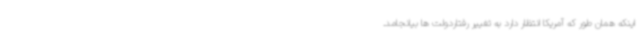
اینکه همان طور که آمریکا انتظار دارد به تغییر رفتاردولت ها بیانجامد.